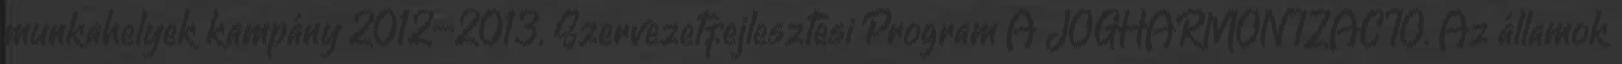
munkahelyek kampány 2012–2013. Szervezetfejlesztési Program A JOGHARMONIZÁCIÓ. Az államok